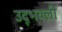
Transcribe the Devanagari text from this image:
उद्‍भवली